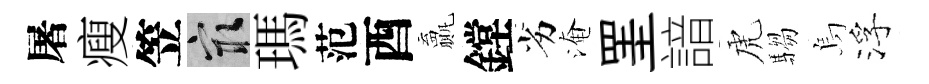
屠瘦笠冣瑪范酉贏鏜劣淹罣諳虎騶烏浮